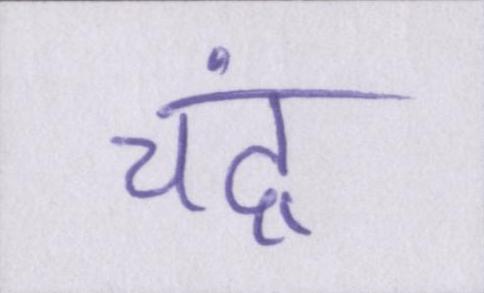
चंद्र